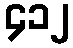
၄၁၂